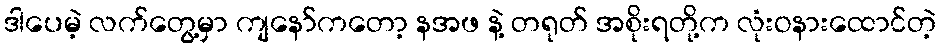
ဒါပေမဲ့ လက်တွေ့မှာ ကျနော်ကတော့ နအဖ နဲ့ တရုတ် အစိုးရတို့က လုံးဝနားထောင်တဲ့